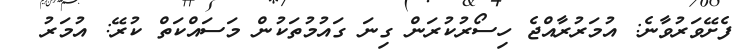
ފެށޭވަރުވާނެ: އުމަރުރާއްޖެ ހިސޯރުކުރަން ގިނަ ގައުމުތަކުން މަސައްކަތް ކުރޭ: އުމަރު